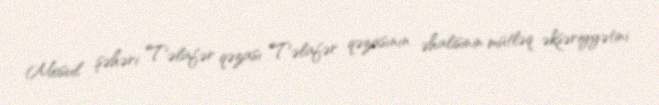
Mosul şəhəri Təlafər qəzası Təlafər qəzasının əhalisinin mütləq əksəriyyətini